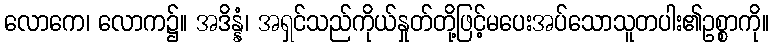
လောကေ၊ လောက၌။ အဒိန္နံ၊ အရှင်သည်ကိုယ်နှုတ်တို့ဖြင့်မပေးအပ်သောသူတပါး၏ဥစ္စာကို။